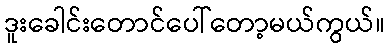
ဒူးခေါင်းတောင်ပေါ်တော့မယ်ကွယ်။